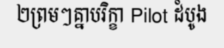
២ព្រមៗគ្នាបរិក្ខា Pilot ដំបូង